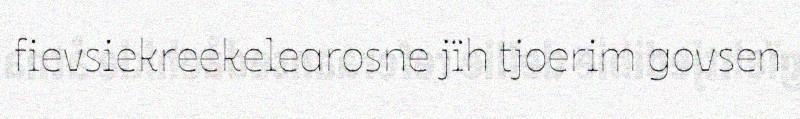
fievsiekreekelearosne jïh tjoerim govsen